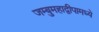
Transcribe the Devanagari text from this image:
जम्बुमहाद्वीपामध्ये